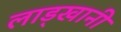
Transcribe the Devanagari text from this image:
लाड्खानी